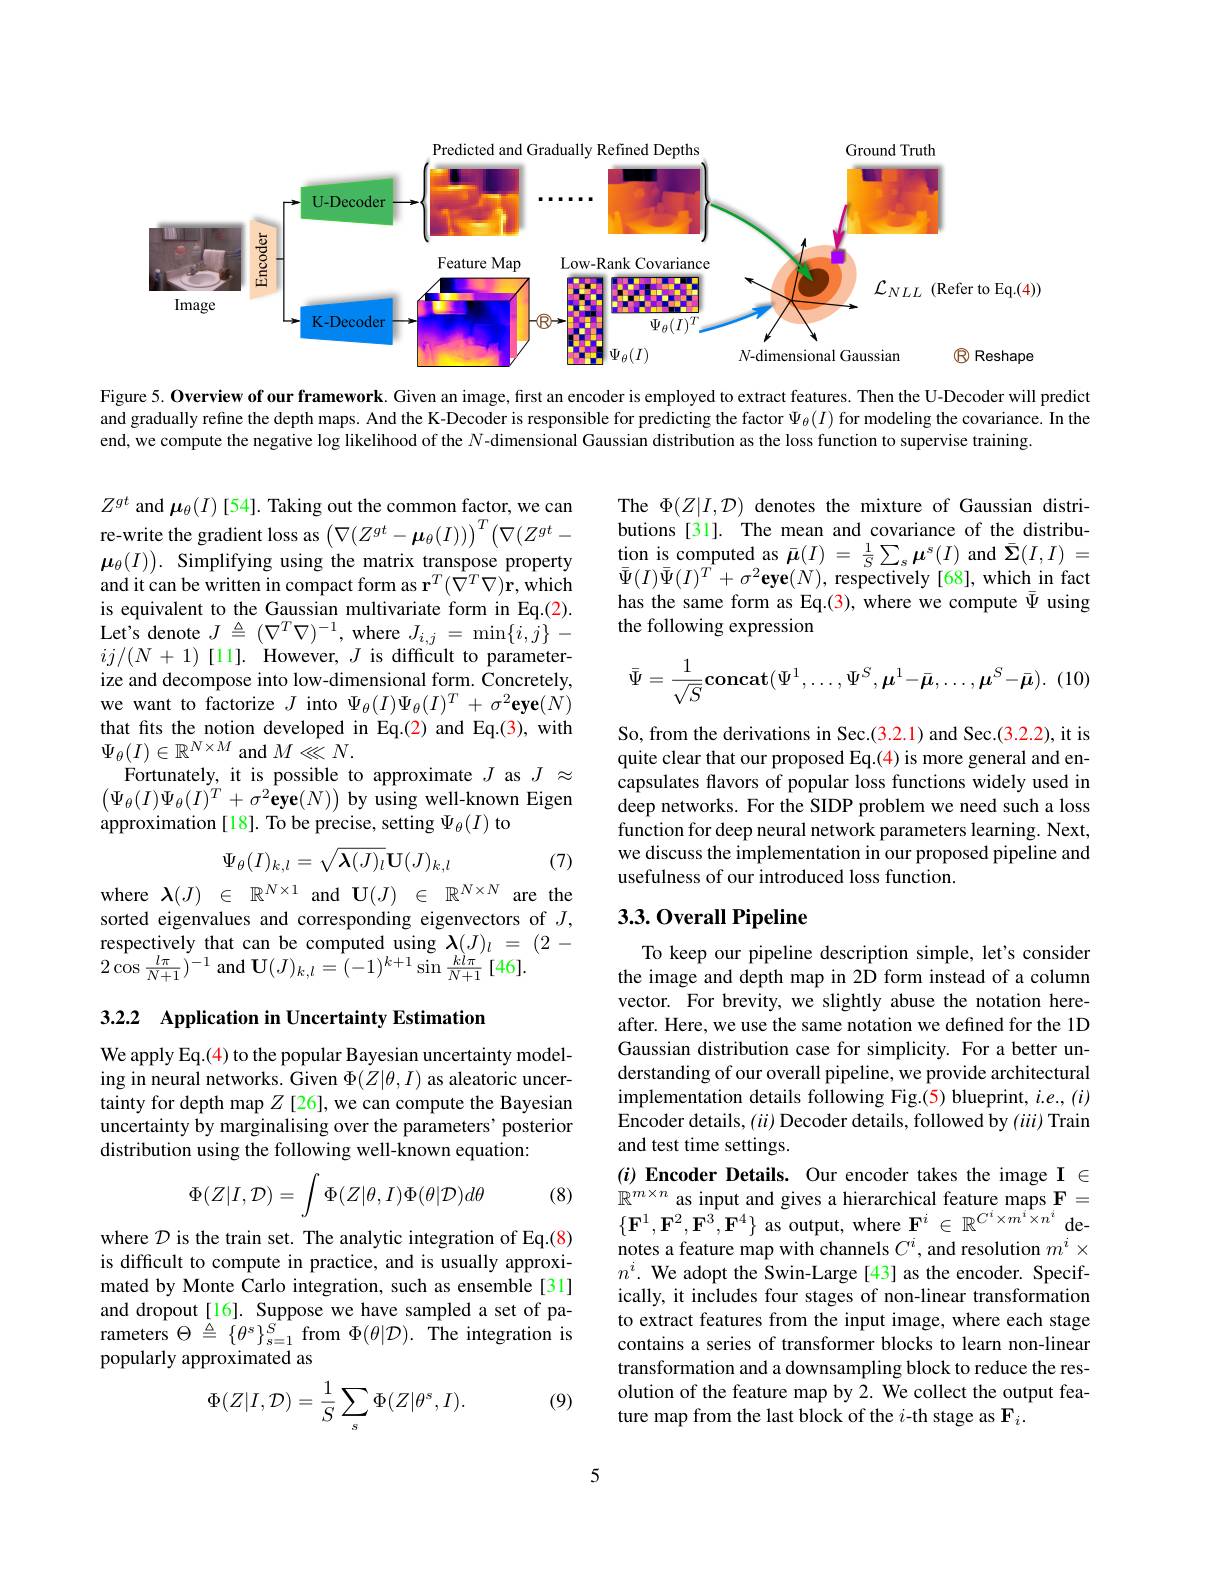
<FigureHere>

Figure 5. Overview of our framework. Given an image, first an encoder is employed to extract features. Then the U-Decoder will predict and gradually refine the depth maps. And the K-Decoder is responsible for predicting the factor $\Psi_{\theta}(I)$ for modeling the covariance. In the end, we compute the negative log likelihood of the $N$ -dimensional Gaussian distribution as the loss function to supervise training

The $\Phi(Z|I,\mathcal{D})$ denotes the mixture of Gaussian distributions [31]. The mean and covariance of the distribu- $\begin{array}{l}{\text{tion is computed as }\bar{\boldsymbol{\mu}}(I)}&{=}&{\frac{1}{S}\sum_{s}\boldsymbol{\mu}^{s}(I)\mathrm{~and~}\bar{\boldsymbol{\Sigma}}(I,I)}&{=}\\{\bar{\boldsymbol{\tau}}(\mathbf{r})\bar{\boldsymbol{\tau}}(\mathbf{r})^{T}}&{2}&{(\mathbf{r})}&{(\mathbf{r})}&{(\mathbf{r})}\\\end{array}$ $\bar{\Psi}(I)\bar{\Psi}(I)^{\hat{T}}+\sigma^{2}\mathbf{eye}(N)$,respectively[68],whichinfact has the same form as Eq.(3), where we compute $\bar{\Psi}$ using the following expression

$Z^{gt}$ and $\boldsymbol\mu_\theta(I)$ [54]. Taking out the common factor, we can re-write the gradient loss as $\left(\nabla(Z^{gt}-\boldsymbol{\mu}_{\theta}(I))\right)^T\left(\nabla(Z^{gt}-\right.$ $\boldsymbol{\mu}_{\theta}(I)).$ Simplifying using the matrix transpose property and it can be written in compact form as $\mathbf{r}^T(\hat{\nabla}^T\nabla)\mathbf{r}$,which is equivalent to the Gaussian multivariate form in Eq.(2). Let's denote $J\triangleq(\nabla^{T}\nabla)^{-1}$, where $J_i,j=\min\{i,\bar{j}\}-$ $ij/(N+1)[11].$ However, $J$ is difficult to parameterize and decompose into low-dimensional form. Concretely, we want to factorize $J$ into $\Psi_\theta(I)\Psi_\theta(I)^T+\sigma^2\mathbf{eye}(N)$ that fits the notion developed in Eq.(2) and Eq.(3), with $\Psi_{\theta}(I)\in\mathbb{R}^{N\times M}$ and $M\stackrel{\cdot}{\ll}N.$
Fortunately, it is possible to approximate $J$ as $J\approx$ $\left(\Psi_{\theta}(I)\Psi_{\theta}(I)^{T}\:+\:\sigma^{2}\mathbf{eye}(N)\right)$by using well-known Eigen approximation [18]. To be precise, setting $\Psi_\theta(I)$ to
$$\Psi_\theta(I)_{k,l}=\sqrt{\lambda(J)_l}\mathbf{U}(J)_{k,l}$$
$$\bar{\Psi}=\frac{1}{\sqrt{S}}\mathbf{concat}(\Psi^1,\ldots,\Psi^S,\boldsymbol{\mu}^1-\bar{\boldsymbol{\mu}},\ldots,\boldsymbol{\mu}^S-\bar{\boldsymbol{\mu}}).$$
So, from the derivations in Sec.(3.2.1) and Sec.(3.2.2), it is quite clear that our proposed Eq.(4) is more general and encapsulates flavors of popular loss functions widely used in deep networks. For the SIDP problem we need such a loss function for deep neural network parameters learning. Next, we discuss the implementation in our proposed pipeline and usefulness of our introduced loss function.

(7)

### 3.3.0verall Pipeline

where$\lambda ( J)$ $\in$ $\mathbb{R} ^{N\times 1}$ and $\mathbf{U} ( J)$ $\in$ $\mathbb{R} ^{N\times N}$ are the sorted eigenvalues and corresponding eigenvectors of $J$, $\begin{array}{l}\text{respectively that can be computed using }\lambda(J)_l&=&(2-\\2\cos\frac{l\pi}{N+1})^{-1}\mathrm{~and~}\mathbf{U}(J)_{k,l}&=(-1)^{k+1}\sin\frac{kl\pi}{N+1}[46].\end{array}$

3.2.2 Application in Uncertainty Estimation

To keep our pipeline description simple, let's consider the image and depth map in 2D form instead of a column vector. For brevity, we slightly abuse the notation hereafter. Here, we use the same notation we defined for the 1D Gaussian distribution case for simplicity. For a better understanding of our overall pipeline, we provide architectural implementation details following Fig.(5) blueprint, $i.e.,(i)$ Encoder details, $(ii)$ Decoder details, followed by $(iii)$ Train and test time settings.

We apply Eq.(4) to the popular Bayesian uncertainty modeling in neural networks. Given $\Phi(Z|\theta,I)$ as aleatoric uncertainty for depth map $Z$ [26], we can compute the Bayesian uncertainty by marginalising over the parameters' posterior distribution using the following well-known equation:
$$\Phi(Z|I,\mathcal{D})=\int\Phi(Z|\theta,I)\Phi(\theta|\mathcal{D})d\theta $$
(8)

where $\mathcal{D}$ is the train set. The analytic integration of Eq.(8) is difficult to compute in practice, and is usually approximated by Monte Carlo integration, such as ensemble [31] and dropout[16]. Suppose we have sampled a set of parameters $\Theta\stackrel{\Delta}{=}\left\{\theta^{s}\right\}_{s=1}^{S}$ from $\Phi(\theta|\mathcal{D}).\stackrel{\mathrm{The~integration~is}}$ popularly approximated as

$(i)$ Encoder Details. Our encoder takes the image I $\in$ $\mathbb{R}^{m\times n}$ as input and gives a hierarchical feature maps F= $\{\mathbf{F}^{1},\mathbf{F}^{2},\mathbf{F}^{3},\mathbf{F}^{4}\}$ as output, where $\mathbf{F}^i\in\mathbb{R}^{C^{i}\times m^{i}\times n^{i}}$denotes a feature map with channels $C^i$, and resolution $m^i\times$ $n^i.$ We adopt the Swin-Large[43] as the encoder. Specifically, it includes four stages of non-linear transformation to extract features from the input image, where each stage contains a series of transformer blocks to learn non-linear transformation and a downsampling block to reduce the resolution of the feature map by 2. We collect the output feature map from the last block of the $i$-th stage as F$_i.$

(9)
$$\Phi(Z|I,\mathcal{D})=\frac{1}{S}\sum_{s}\Phi(Z|\theta^{s},I).$$
5